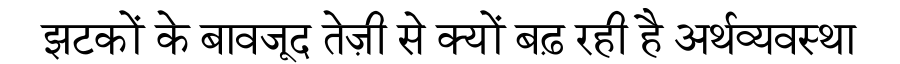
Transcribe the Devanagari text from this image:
झटकों के बावजूद तेज़ी से क्यों बढ़ रही है अर्थव्यवस्था